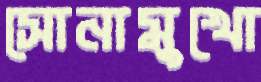
সোনামুখো